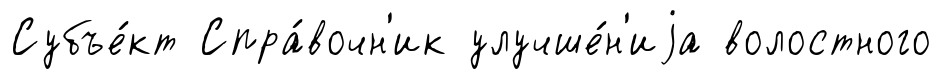
Субъе́кт Спра́вочн'ик улучше́н'иjа волостного